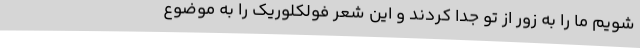
شویم ما را به زور از تو جدا کردند و این شعر فولکلوریک را به موضوع